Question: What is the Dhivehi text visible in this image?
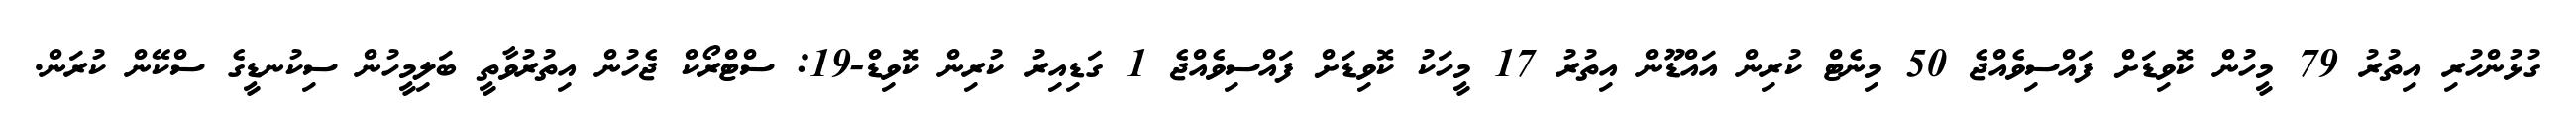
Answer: ގުޅުންހުރި އިތުރު 79 މީހުން ކޮވިޑަށް ފައްސިވެއްޖެ 50 މިނެޓް ކުރިން އައްޑޫން އިތުރު 17 މީހަކު ކޮވިޑަށް ފައްސިވެއްޖެ 1 ގަޑިއިރު ކުރިން ކޮވިޑް-19: ސްޓްރޯކް ޖެހުން އިތުރުވާތީ ބަލިމީހުން ސިކުނޑީގެ ސްކޭން ކުރަން.